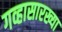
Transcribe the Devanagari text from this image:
गव्हासारख्या